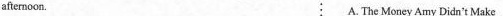
afternoon. A.The Money Amy Didn't Make